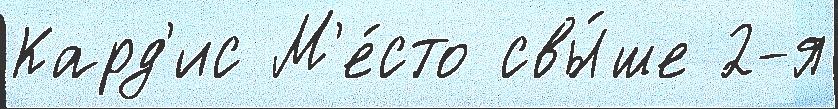
Кард'ис М'е́сто свы́ше 2-я